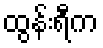
ထွန်းရီက